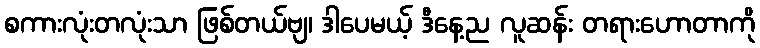
စကားလုံးတလုံးသာ ဖြစ်တယ်ဗျ၊ ဒါပေမယ့် ဒီနေ့ည လူဆန်း တရားဟောတာကို